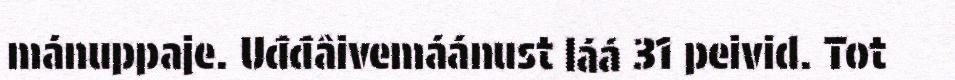
mánuppaje. Uđđâivemáánust láá 31 peivid. Tot